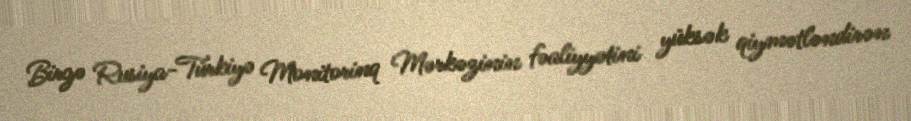
Birgə Rusiya-Türkiyə Monitorinq Mərkəzinin fəaliyyətini yüksək qiymətləndirən